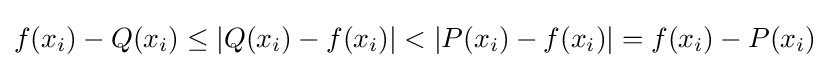
f(x_{i})-Q(x_{i})\leq |Q(x_{i})-f(x_{i})|<|P(x_{i})-f(x_{i})|=f(x_{i})-P(x_{i})